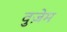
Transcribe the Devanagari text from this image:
वुज़ेम